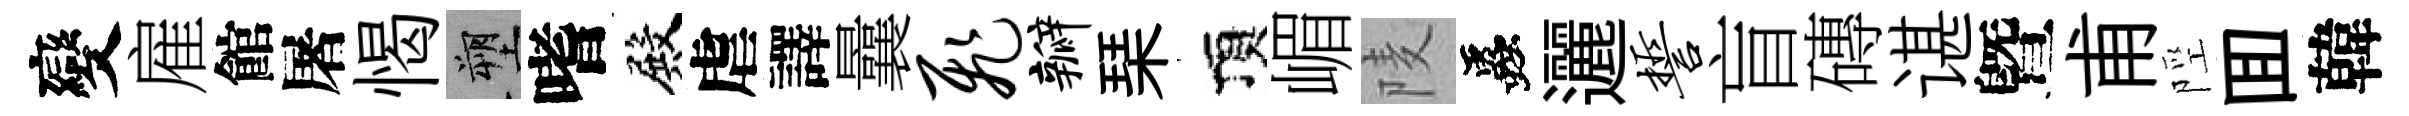
變雇館屠愒塑嗜殿虐譯曩飞瓣琹頂嵋𨹧蟲邐誓盲磚谌曁甫陘囬韓